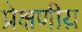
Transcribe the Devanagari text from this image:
प्रेक्षणीय़